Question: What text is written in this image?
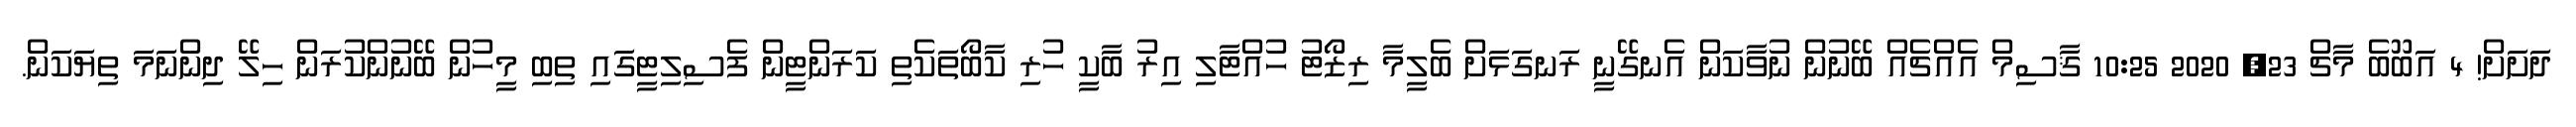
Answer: ދަށަށް! 4 އަބޫބެ މާޗް 23, 2020 10:25 ޤާސިމް އެއްޗެއް ބޭނުން ނުވާކަން އެނގޭނީ ރަނގަޅަށް ބެލީމާ ރިޒޯޓު ހުއްޓާލި އިރު ބާކީ ހުރި ކާބޯތަކެތި ކަރަންޓީން ފެސިލިޓީގައި ތިބި މީހުން ބޭނުންކުރަން ހިލޭ ދިންނަމަ ތިޔަކަން.